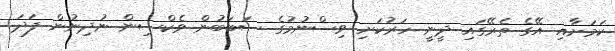
ކަމަށާއި އޭގެ ތެރޭގައި ދީނީ ހަރުކަށި ވިސްނުމުގެ ސަބަބުން ވެކްސިން ނުދިނުން ފަދަ